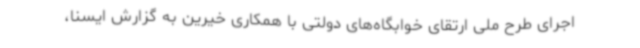
اجرای طرح ملی ارتقای خوابگاه‌های دولتی با همکاری خیرین به گزارش ایسنا،